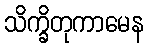
သိက္ခိတုကာမေန